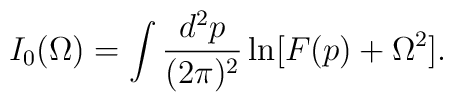
I_0(\Omega)=\int \frac{d^2p}{(2\pi)^2} \ln[F(p)+\Omega^2].